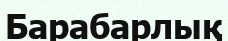
Барабарлық